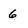
Character: 6